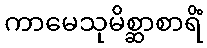
ကာမေသုမိစ္ဆာစာရိံ